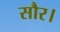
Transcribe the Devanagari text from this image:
सौर।